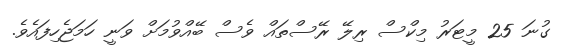
ގުނަ 25 މީޓަރު މިކްސް ރިލޭ ރޭސްތައް ވެސް ބޭއްވުމަށް ވަނީ ހަމަޖެހިފައެވެ.